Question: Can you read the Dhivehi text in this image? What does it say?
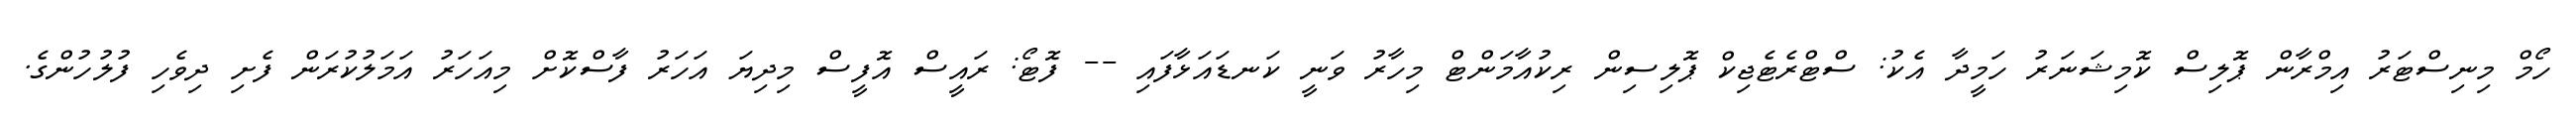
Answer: ހޯމް މިނިސްޓަރު އިމްރާން ޕޮލިސް ކޮމިޝަނަރު ހަމީދާ އެކު: ސްޓްރެޓެޖިކް ޕޮލިސިން ރިކުއާމަންޓް މިހާރު ވަނީ ކަނޑައަޅާފައި -- ފޮޓޯ: ރައީސް އޮފީސް މިދިޔަ އަހަރު ފާސްކޮށް މިއަހަރު އަމަލުކުރަން ފެށި ދިވެހި ފުލުހުންގެ.